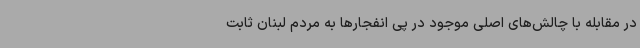
در مقابله با چالش‌های اصلی موجود در پی انفجارها به مردم لبنان ثابت